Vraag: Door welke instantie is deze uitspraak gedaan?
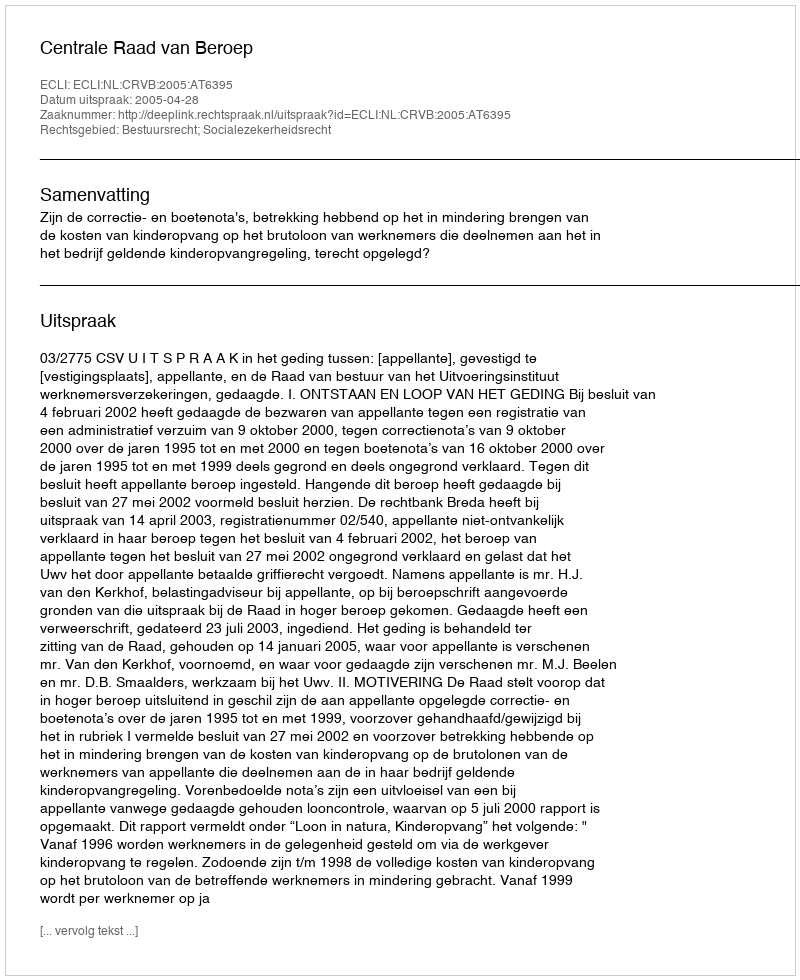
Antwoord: Centrale Raad van Beroep